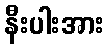
နီးပါးအား